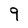
Character: 9